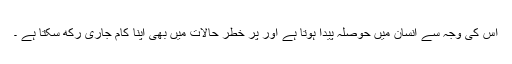
اس کی وجہ سے انسان میں حوصلہ پیدا ہوتا ہے اور پُر خطر حالات میں بھی اپنا کام جاری رکھ سکتا ہے ۔